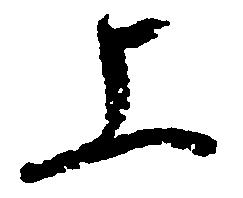
上